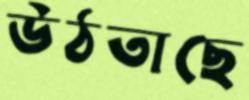
উঠতাছে